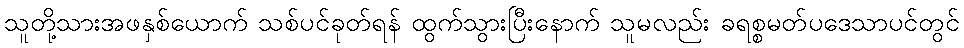
သူတို့သားအဖနှစ်ယောက် သစ်ပင်ခုတ်ရန် ထွက်သွားပြီးနောက် သူမလည်း ခရစ္စမတ်ပဒေသာပင်တွင်